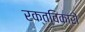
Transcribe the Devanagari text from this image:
रक्तविकारों